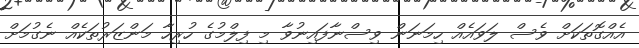
އެއްގޮތަކަށް ވެސް ލަވައެއް ހިމަނަން ވިސްނާފައިނުވާ މި ފިލްމުގެ ހުރިހާ މަންޒަރުތަކެއް ނެގުމަށް